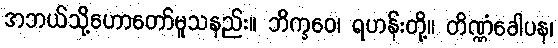
အဘယ်သို့ဟောတော်မူသနည်း။ ဘိက္ခဝေ၊ ရဟန်းတို့။ တိဏ္ဏံခေါပန၊